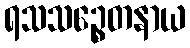
ရသသဉ္စေတနာယ